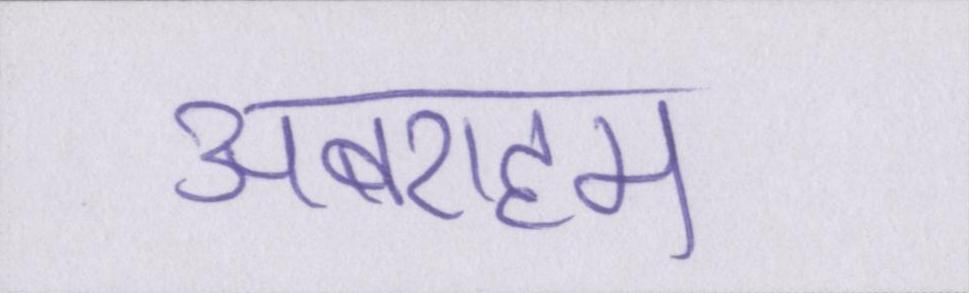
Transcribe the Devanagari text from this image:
अबराहम